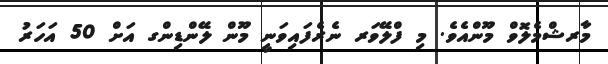
މާރޝްމެލޮވް މޫންއެވެ. މި ފްލޭވަރ ނެރެފައިވަނީ މޫން ލޭންޑިންގ އަށް 50 އަހަރު